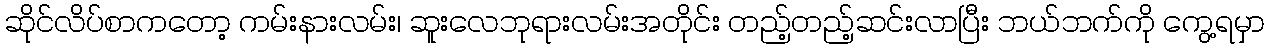
ဆိုင်လိပ်စာကတော့ ကမ်းနားလမ်း၊ ဆူးလေဘုရားလမ်းအတိုင်း တည့်တည့်ဆင်းလာပြီး ဘယ်ဘက်ကို ကွေ့ရမှာ